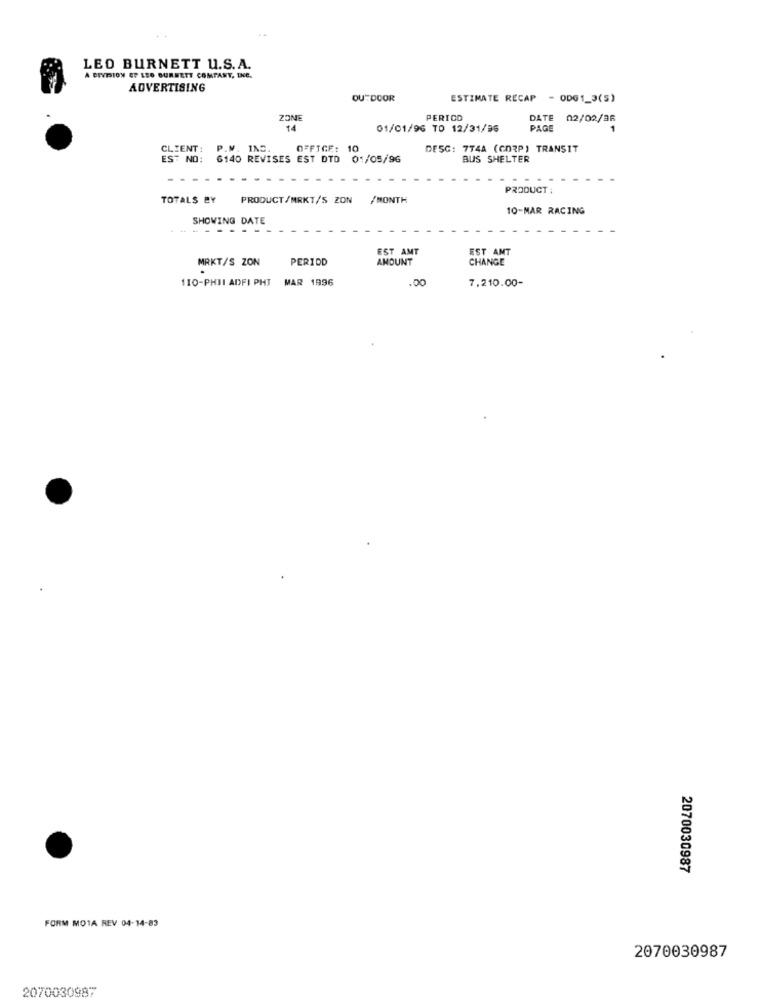
LEO BURNETT U.S. A.
A DIVPION EP LEO BURNETT COMPANY, INC.
ADVERTISING
OUTDOOR
ESTIMATE RECAP - ODG1_3(5)
ZONE
PERIOD
DATE 02/02/96
01/01/96 TO 12/31/96
PAGE
CLIENT:
P.M. INC.
OFFICE: 10
DESC: 774A (CORP) TRANSIT
EST NO:
6140 REVISES EST DTD 01/05/96
BUS SHELTER
PRODUCT :
TOTALS BY
PRODUCT/MRKT/S ZON /MONTH
10-MAR RACING
SHOWING DATE
.......
EST AMT
EST AMT
MRKT/S ZON
PERIOD
AMOUNT
CHANGE
110-PHII ADFI PHI MAR 1996
.00
7,210.00-
2070030987
FORM MOTA REV 04-14-83
2070030987
2070030987